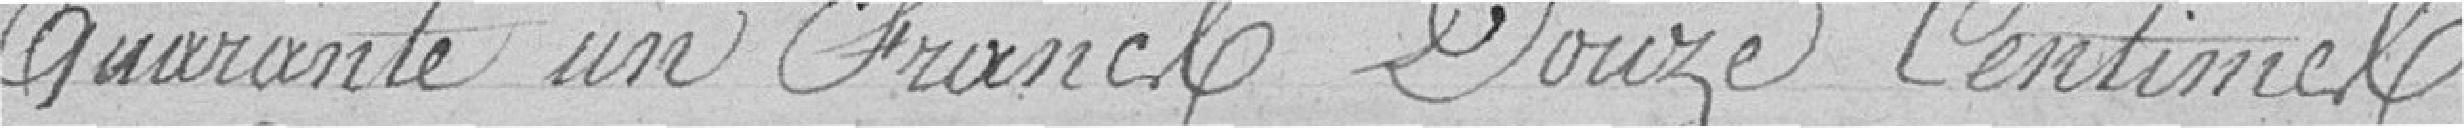
Quarante un Francs Douze Centimes